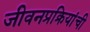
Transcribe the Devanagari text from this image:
जीवनप्रक्रियांची